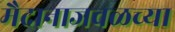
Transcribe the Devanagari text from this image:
मैदानाजवळच्या